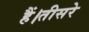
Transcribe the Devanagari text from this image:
हैं।तीसरे